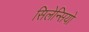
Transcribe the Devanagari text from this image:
सिलेन्सियो